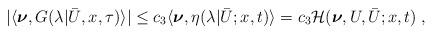
LaTeX: \begin{align*}\begin{aligned}|\langle\boldsymbol{\nu}, G(\lambda|\bar U,x,\tau)\rangle| &\le c_3 \langle \boldsymbol{\nu} , \eta (\lambda | \bar U;x,t ) \rangle = c_3 \mathcal{H} ( \boldsymbol{\nu},U,\bar{U};x,t)\;,\end{aligned}\end{align*}